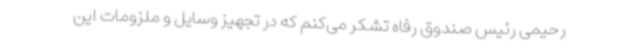
رحیمی رئیس صندوق رفاه تشکر می‌کنم که در تجهیز وسایل و ملزومات این